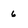
Character: 6